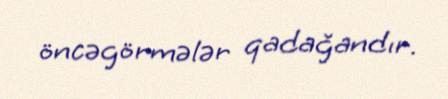
öncəgörmələr qadağandır.